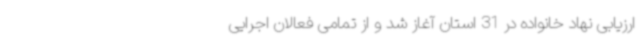
ارزیابی نهاد خانواده در 31 استان آغاز شد و از تمامی فعالان اجرایی